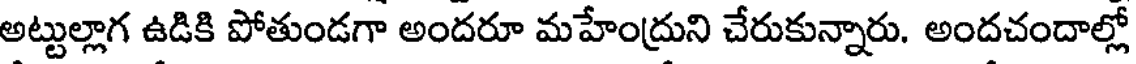
అట్టుల్లాగ ఉడికి పోతుండగా అందరూ మహేంద్రుని చేరుకున్నారు. అందచందాల్లో